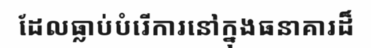
ដែលធ្លាប់បំរើការនៅក្នុងធនាគារដ៏